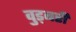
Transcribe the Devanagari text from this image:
वुड्बरी